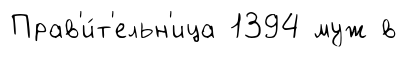
Прав'и́т'ельн'ица 1394 муж в